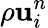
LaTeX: \rho\mathbf{{u}}_{i}^{n}